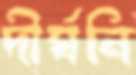
দীর্ঘনি